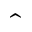
\hat { \bf \Phi }